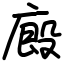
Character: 廄